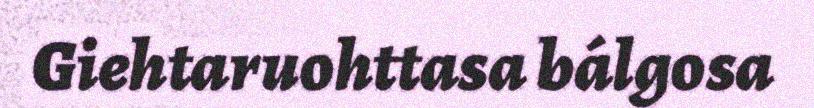
Giehtaruohttasa bálgosa